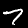
Digit: 7